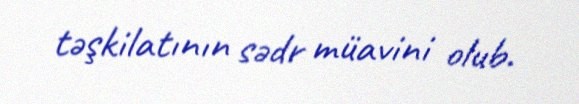
təşkilatının sədr müavini olub.